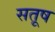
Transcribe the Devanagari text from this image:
सतूष